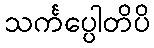
သင်္ကပ္ပေါတိပိ